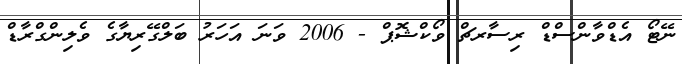
ނޭޓޯ އެޑްވާންސްޑް ރިސާރޗް ވޯކްޝޮޕް - 2006 ވަނަ އަހަރު ބަލްގޭރިޔާގެ ވެލިންގްރާޑް